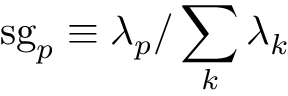
\mathrm { s g } _ { p } \equiv \lambda _ { p } / \sum _ { k } \lambda _ { k }